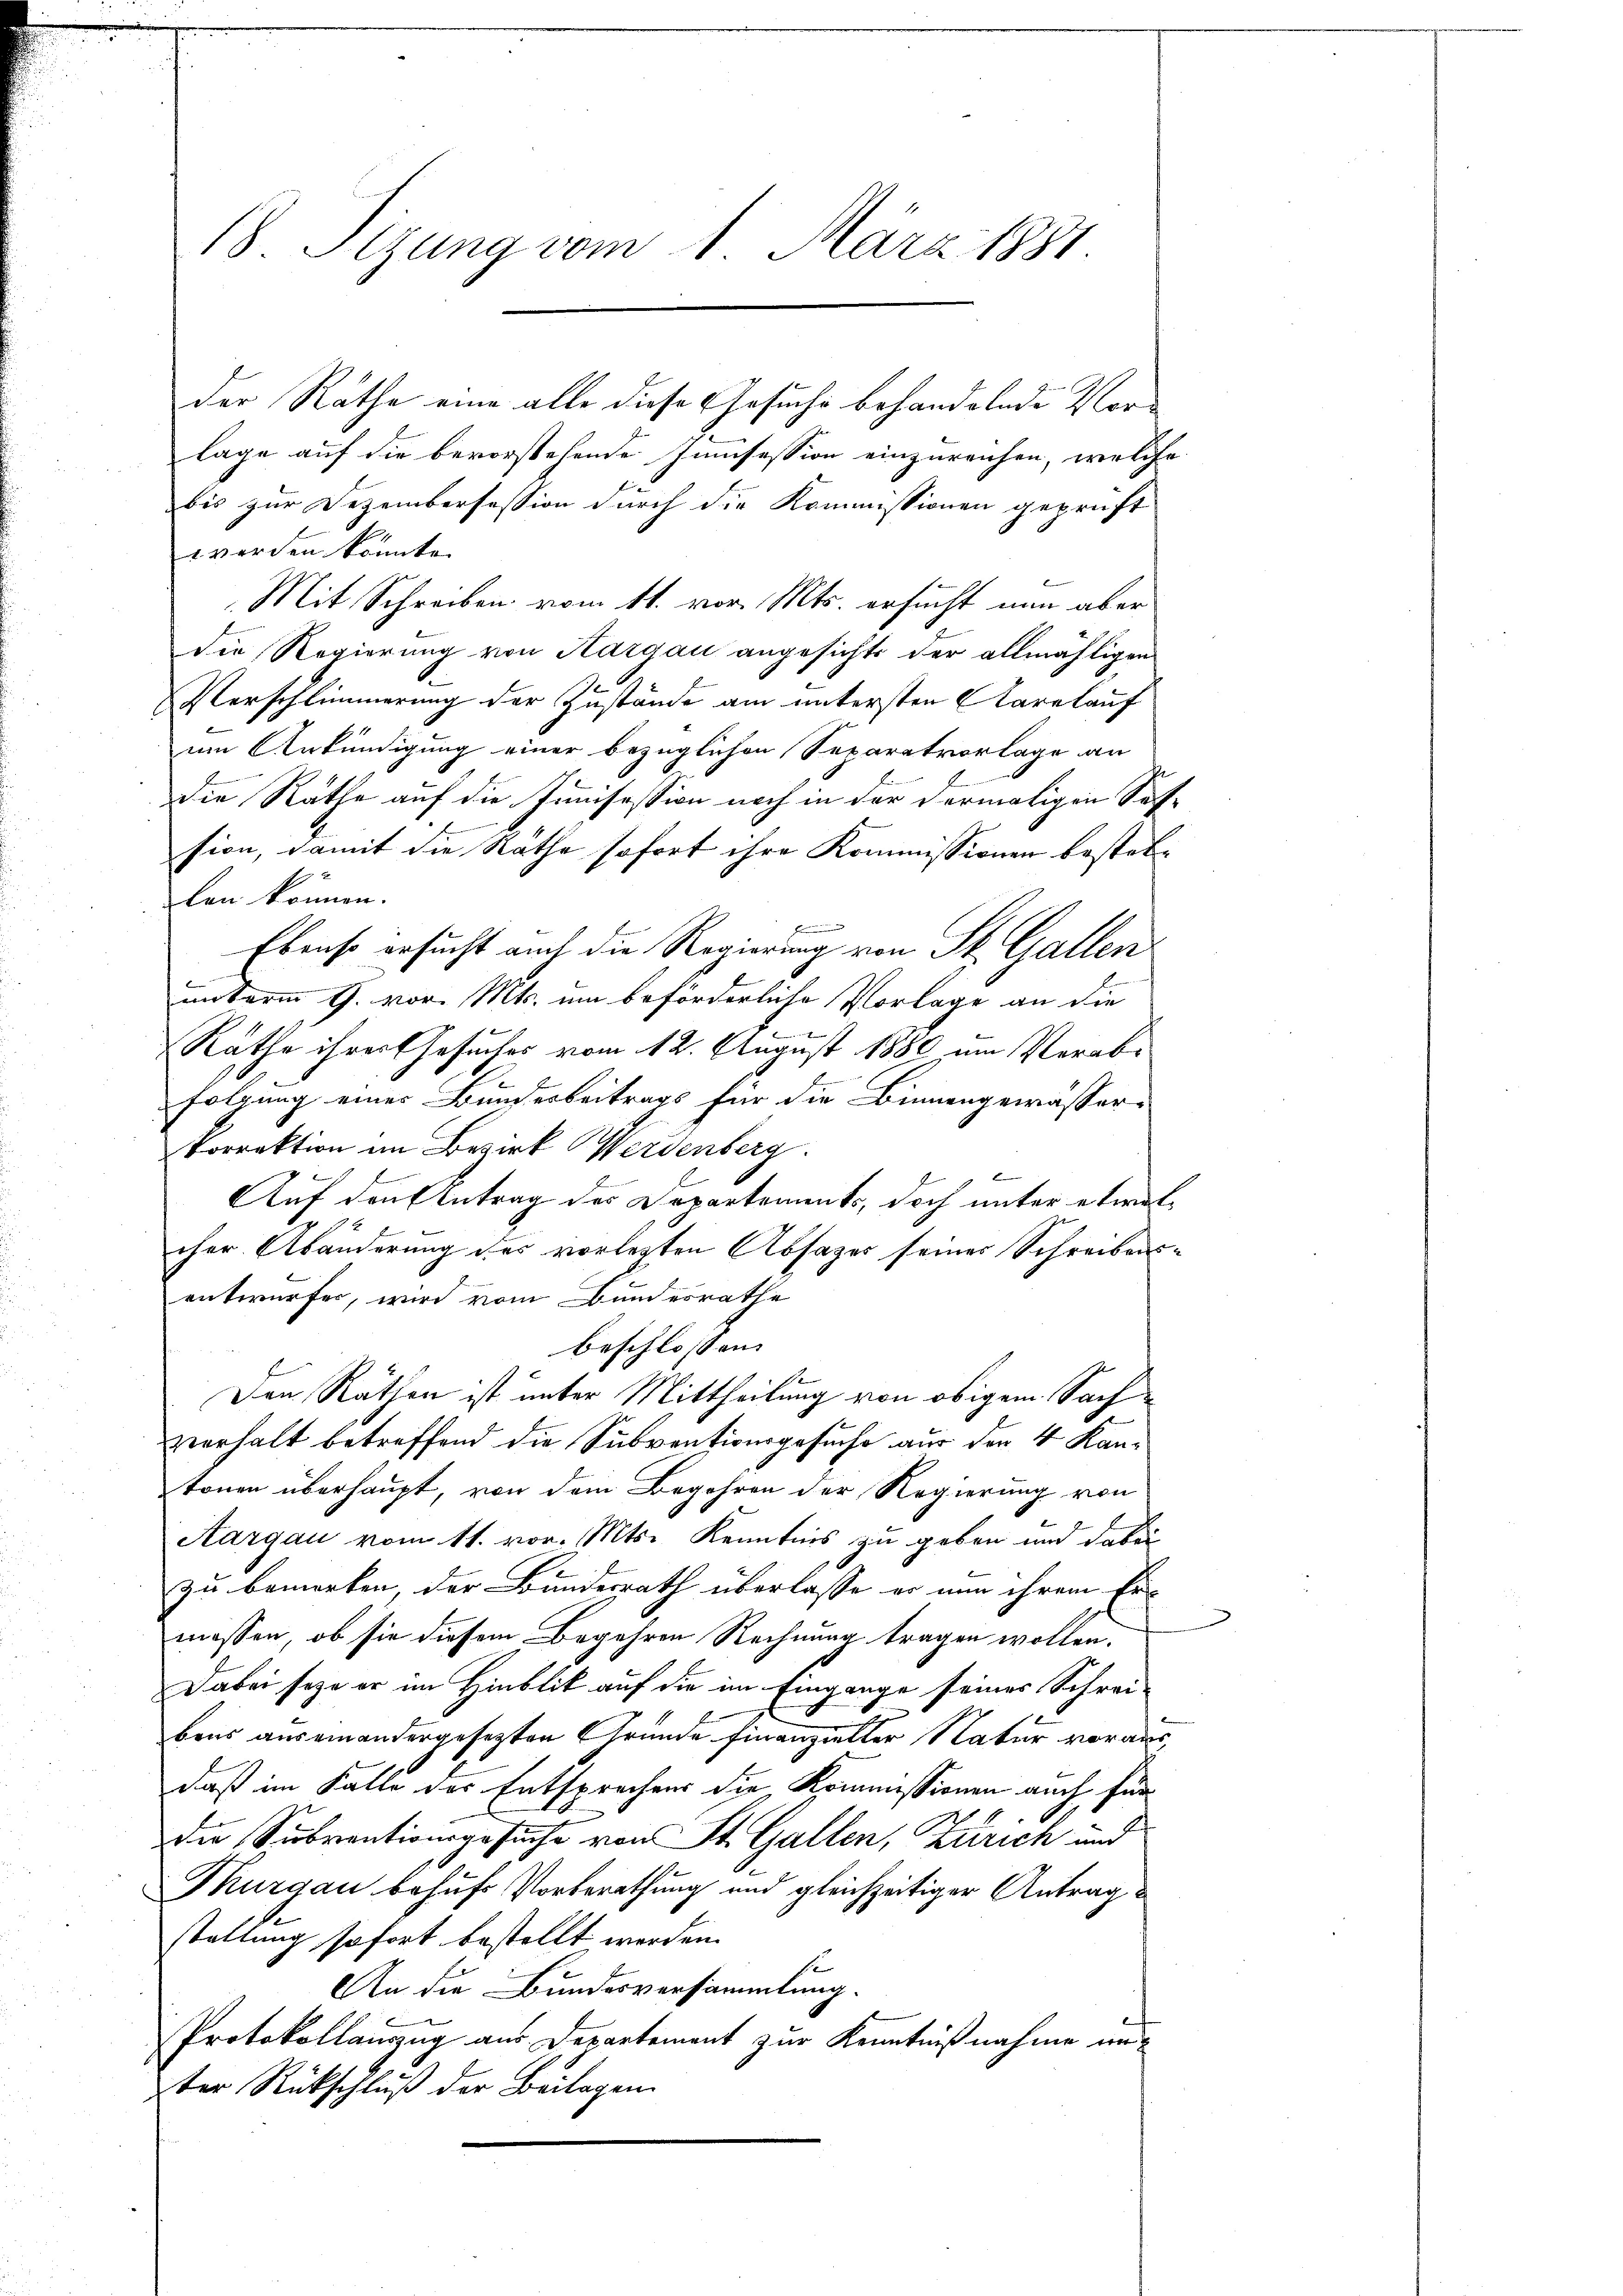
18 Sizung vom 1. März 1881.

der Räthe eine alle diese Gesuche behandelnde Vorlage auf die bevorstehende Innsession einzureichen, welche
bis zur Dezembersession durch die Kommissionen geprüft
werden könnte.
Mit Schreiben vom 11. vor. Mts. ersucht nun aber
die Regierung von Hargau angesichts der allmähligen
Verschlimmerung der Zustände am untersten Aarelauf
um Ankündigung einer bezüglichen Separatvorlage an
die Räthe auf die Junisession noch in der dermaligen Sach
.
sion, damit die Räthe sofort ihre Kommissionen bestelrlen können.
E
Ebenso ersucht auch die Regierung von St. Gallen
mnterm 9. vor. Mts. um beförderliche Vorlage an die
b
Rathe ihrer Gesuches vom 12. August 1889 um Verabfolgung einer Bundesbeitrags für die Binnengewasser-
Vorrektion im Bezirk Werdenberg.
Auf den Antrag des Departements, doch unter etwas
cher Abänderung des vorlegten Absages seiner Schreibens
entwurfes, wird vom Bundesrathe
beschlossen:
1
Den Räthen ist unter Mittheilung von obigem Sach
verhalt betreffend die Subventionsgesuche aus den 4 Kantonen überhaupt, von dem Begehren der Regierung von
Aargau vom 11. vor. Mts. Kenntnis zu geben und dabei
zu bemerken, der Bundesrath überlasse er nun ihrem Er-
massen, ob sie diesem Begehren Rechnung tragen wollen.
Dabei seyn er im Hinblik auf die im Eingange seiner Schrei-
bens auseinandergesezten Gründe Finanzieller Natur voraus,
daß im Falle des Entsprechens die Kommissionen auch für
7
die Subventionsgesuche von St. Gallen, Zürich und
Thurgau behufs Vorberathung und gleichzeitiger Antrag
stellung sofort bestellt werden.
be
An die Bundesversammlung.
Protokollauszug aus Departement zur Kenntnißnahme unter Rückschluß der Beilagen.

t

l
x